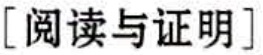
[阅读与证明]